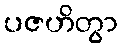
ပဇဟိတွာ